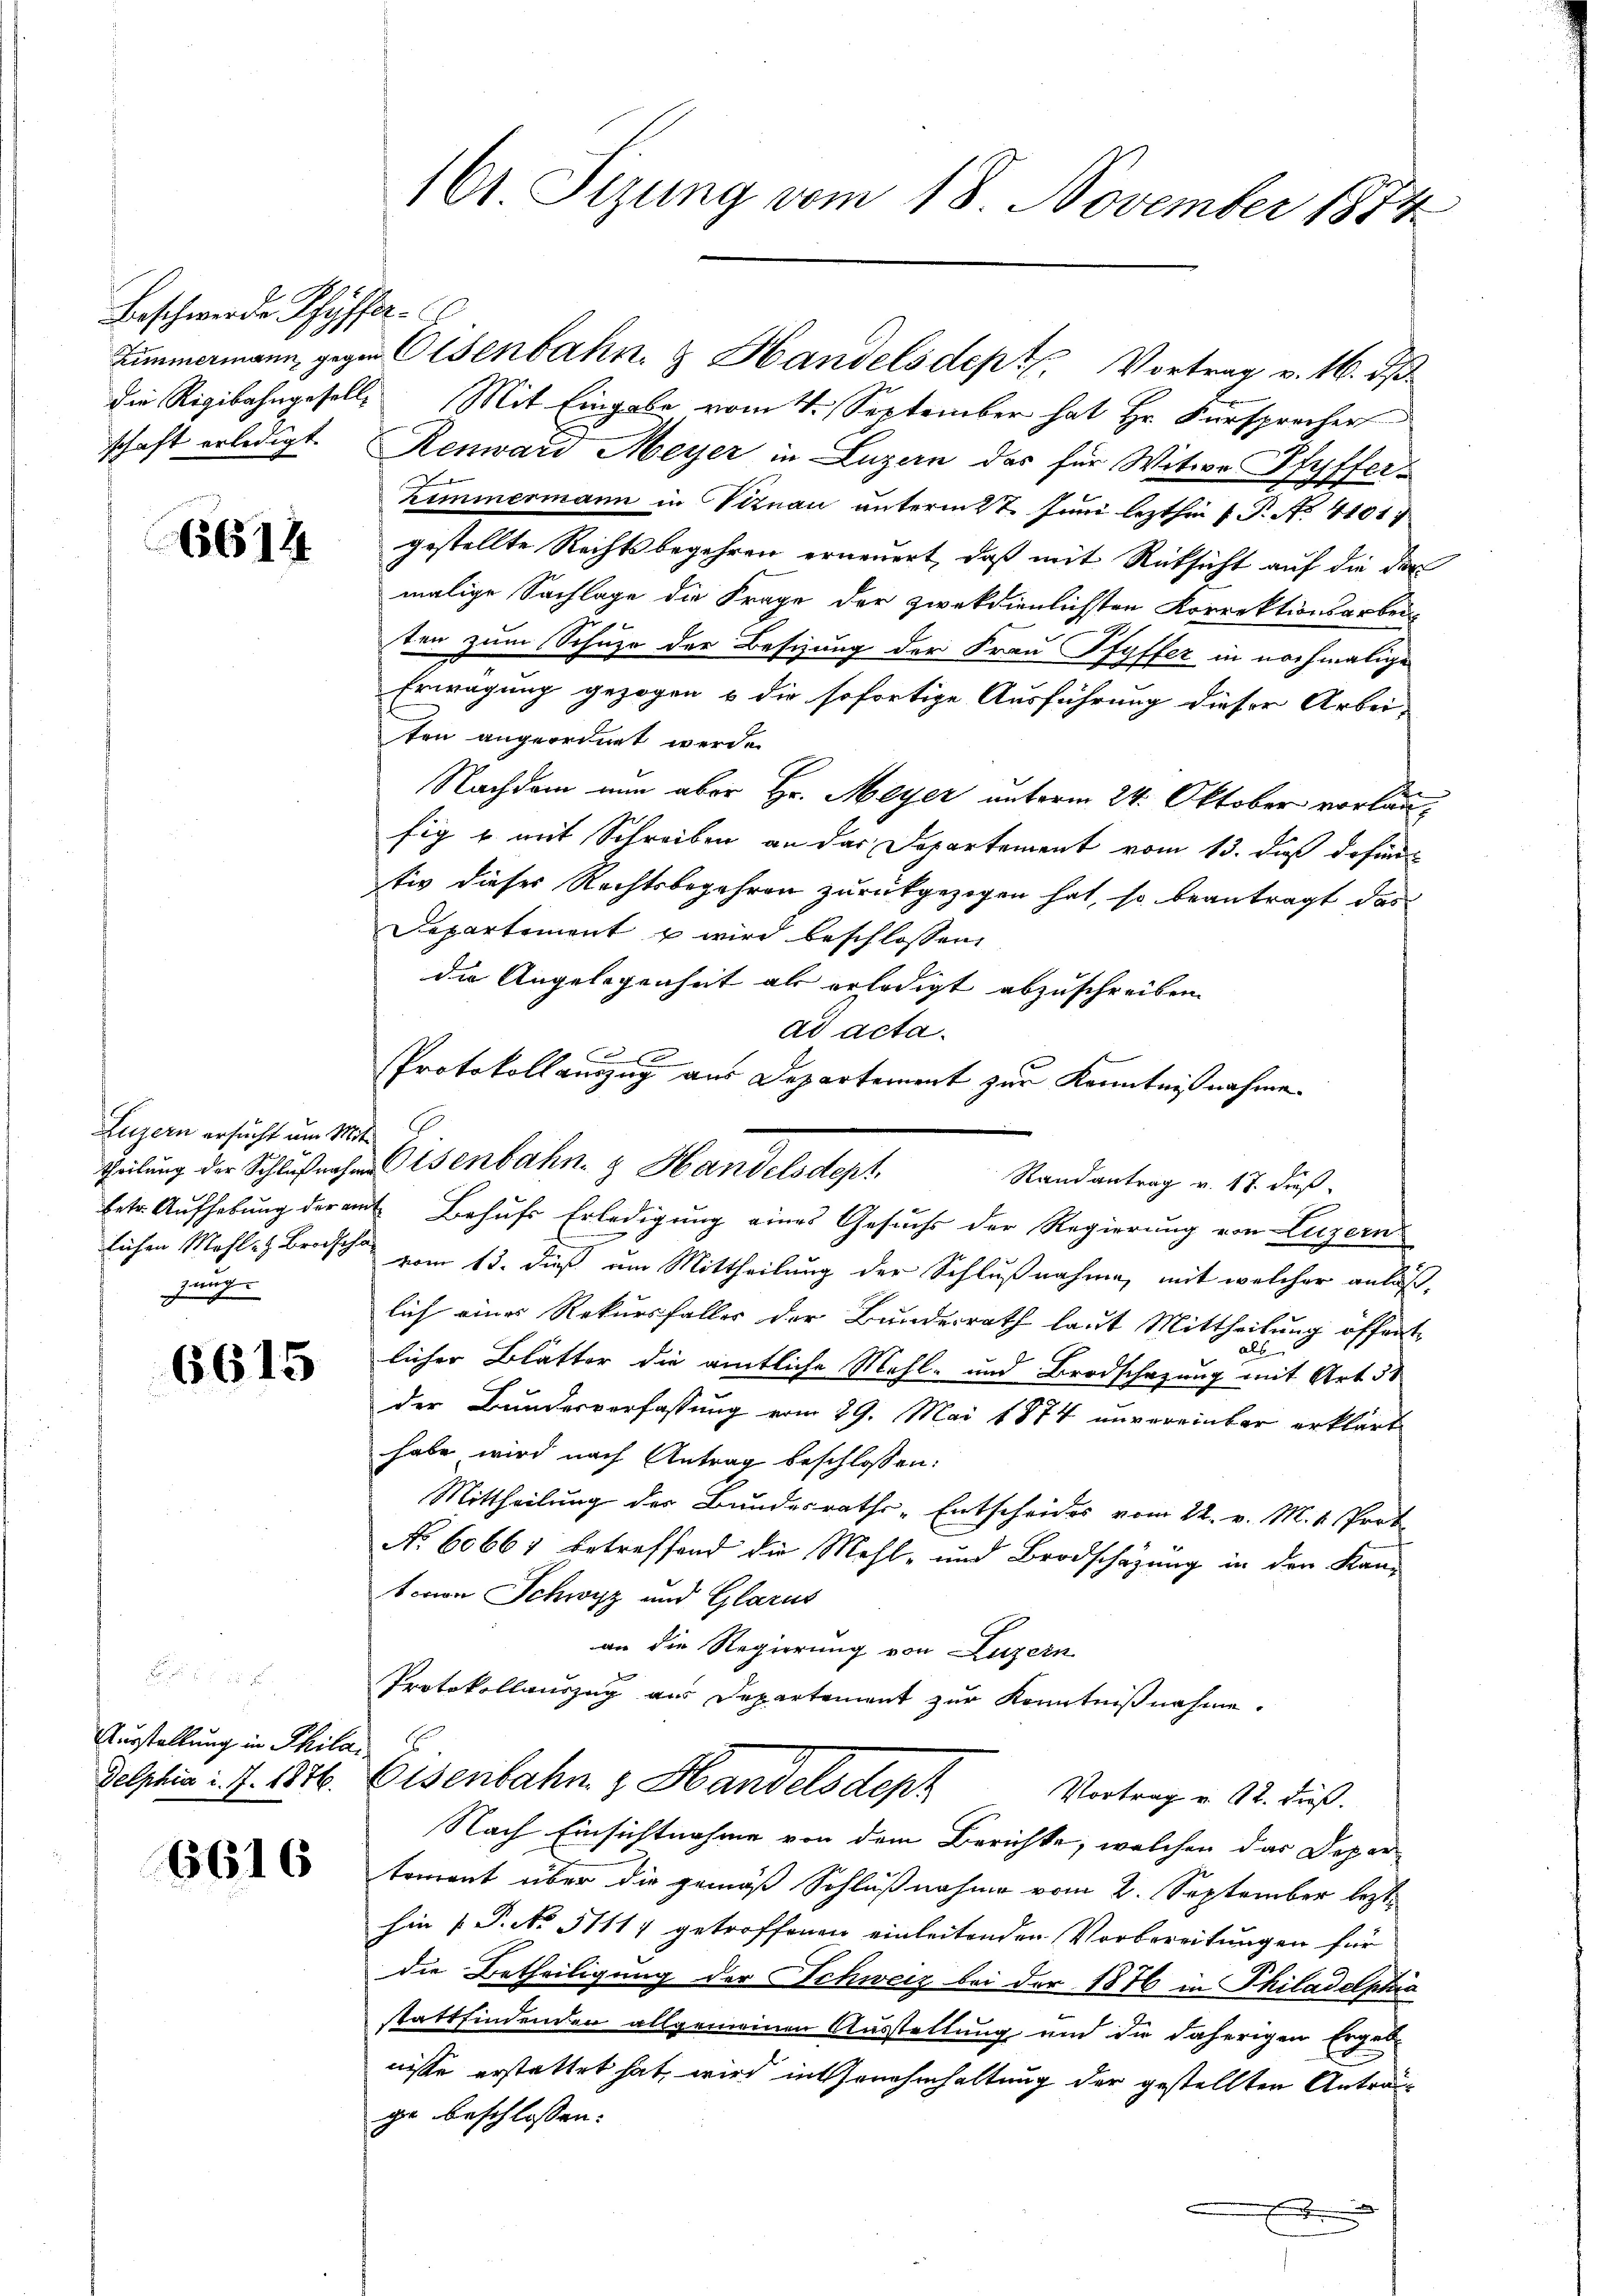
Beschwerde Pfyffer

6614

Luzern ersucht um Mit-
zungs

6615

Ausstellung in Phila¬
Delphiae d. J. 1876.

6616

161. Sizung vom 18. November 1874

Zimmermann, gegen Eisenbahn- & Handelsdep. C. Vortrag v. 16. dß.
die Rigibahngeselle Mit Eingabe vom 4. September hat Hr. Fürsprecher
schaft erledigt. Renward Meyer in Luzern das für Witwe Pfyffer¬
Zimmermann in Viznau unterm 2t Juni lezthin P. P. No. 4101:
gestellte Rechtsbegehren erneuert, daß mit Rücksicht auf die der
malige Sachlage die Frage der zwekdienlichsten Korrektionsarbei
ten zum Schuze der Besizung der Frau Pfyffer in nochmalige
Erwägung gezogen & die sofortige Ausführung dieser Arbei-
ten angeordnet werde.
Nachdem nun aber Hr. Meyer unterm 24. Oktober vorlau
fig u. mit Schreiben an das Departement vom 13. dieß dafür
tiv dieser Rechtsbegehren zurückgezogen hat, so beantragt das
Departement u wird beschlossen,
die Angelegenheit als erledigt abzuschreiben.
ad acta.
Protokollauszug aus Departement zur Kenntnißnahme
G
Theilung der Schlußnahme Osenbahn & Handelsdept
Randantrag v. 17. dieß
betr. Aufhebung der mit Behufs Erledigung eines Gesuchs der Regierung von Luzern
lichen Mahl Breisch vom 13. dieß um Mittheilung der Schlußnahme, mit welcher anläßlich einer Rekursfalles der Bundesrath laut Mittheilung öffentals
licher Blätter die amtliche Mehl- und Brodschazung mit Art. 51
der Bundesverfassung vom 29. Mai 1874 unvereinbar erklärt
habe wird nach Antrag beschlossen:
Mittheilung der Bundesraths-Entscheides vom 24. v. M. v. Prob
No 60667 betreffend die Mehl- und Brodschazung in den Kan-
tovon Schwyz und Glarus
an die Regierung von Luzern
Protokollauszug aus Departement zur Kenntnißnahme.
Eisenbahn. v. Handels depr
Vortrag v. 12. dieß.
Nach Einsichtnahme von dem Berichte, welchen das Depar
tourant über die gemäß Schlußnahme vom 2. September lezthin [P. No. 51117 getroffenen einleitenden Vorbereitungen für
die Betheiligung der Schweiz bei der 1876 in Philadelphia
stattfindenden allgemeinen Ausstellung und die daherigen Ergeb-
nisse erstattet hat, wird in Genehmhaltung der gestellten Anträgge beschlossen: